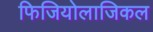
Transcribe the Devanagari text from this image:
फिजियोलाजिकल